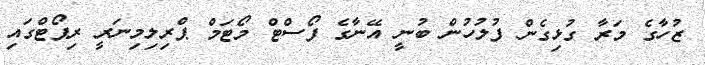
ޒުހާގެ މަރާ ގުޅިގެން ފުލުހުން ބުނީ އޭނާގެ ފޯސްޓް މޯޓަމް ޕްރިލިމިނަރީ ރިޕޯޓްގައި